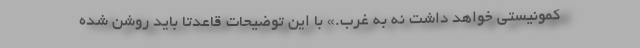
کمونیستی خواهد داشت نه به غرب.» با این توضیحات قاعدتاً باید روشن شده